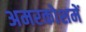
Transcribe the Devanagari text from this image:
अमरकोशमें